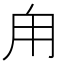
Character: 甪